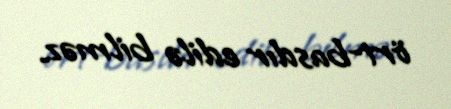
ört-basdır edilə bilməz.